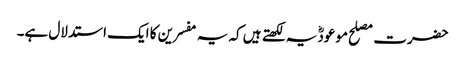
حضرت مصلح موعودؓ یہ لکھتے ہیں کہ یہ مفسرین کا ایک استدلال ہے۔